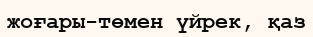
жоғары-төмен үйрек, қаз